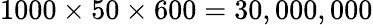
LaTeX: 1000\times 50\times 600=30,000,000